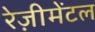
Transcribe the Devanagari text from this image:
रेज़ीमेंटल